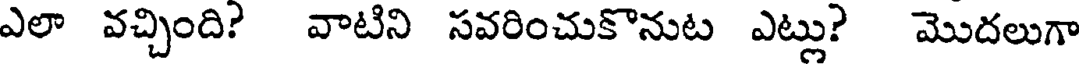
ఎలా వచ్చింది? వాటిని సవరించుకొనుట ఎట్లు? మొదలుగా